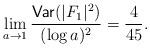
LaTeX: \begin{align*} \lim_{a \rightarrow 1} \frac{\textsf{Var}(|F_1|^2)}{(\log{a})^2} = \frac{4}{45}.\end{align*}